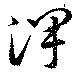
沢